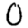
Digit: 0